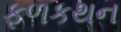
ફળકથન